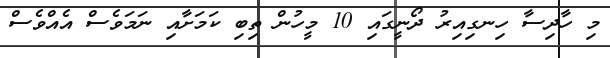
މި ހާދިސާ ހިނގިއިރު ދޯނީގައި 10 މީހުން ތިބި ކަމަށާއި ނަމަވެސް އެއްވެސް